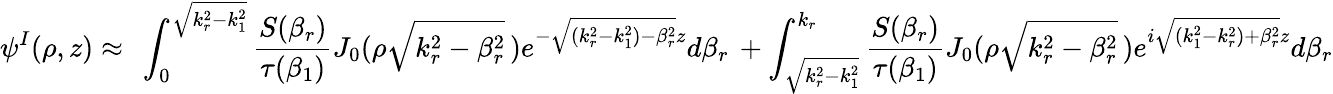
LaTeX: \psi^{I}(\rho,z)\approx\ \int_{0}^{\sqrt{k_{r}^{2}-k_{1}^{2}}}\frac{S(\beta_{r})}{\tau(\beta_{1})}J_{0}(\rho\sqrt{k_{r}^{2}-\beta_{r}^{2}}\, )e^{-\sqrt{(k_{r}^{2}-k_{1}^{2})-\beta_{r}^{2}}z}d\beta_{r}\, +\int_{\sqrt{k_{r}^{2}-k_{1}^{2}}}^{k_{r}}\frac{S(\beta_{r})}{\tau(\beta_{1})}J_{0}(\rho\sqrt{k_{r}^{2}-\beta_{r}^{2}}\, )e^{i\sqrt{(k_{1}^{2}-k_{r}^{2})+\beta_{r}^{2}}z}d\beta_{r}